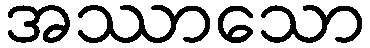
အဿာသော